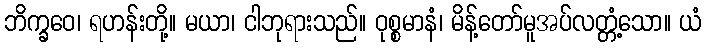
ဘိက္ခဝေ၊ ရဟန်းတို့။ မယာ၊ ငါဘုရားသည်။ ဝုစ္စမာနံ၊ မိန့်တော်မူအပ်လတ္တံ့သော။ ယံ